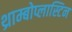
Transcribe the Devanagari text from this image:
थ्राम्बोप्लास्टिन